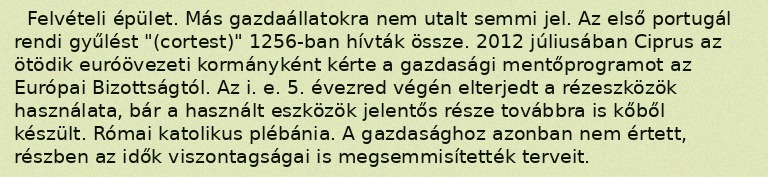
Felvételi épület. Más gazdaállatokra nem utalt semmi jel. Az első portugál rendi gyűlést "(cortest)" 1256-ban hívták össze. 2012 júliusában Ciprus az ötödik euróövezeti kormányként kérte a gazdasági mentőprogramot az Európai Bizottságtól. Az i. e. 5. évezred végén elterjedt a rézeszközök használata, bár a használt eszközök jelentős része továbbra is kőből készült. Római katolikus plébánia. A gazdasághoz azonban nem értett, részben az idők viszontagságai is megsemmisítették terveit.